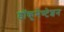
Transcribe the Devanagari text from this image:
डॉकूमेण्टेशन